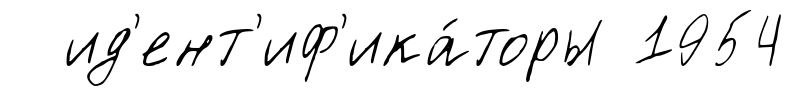
ид'ент'иф'ика́торы 1954